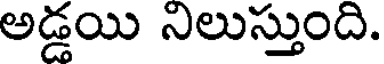
అడ్డయి నిలుస్తుంది.